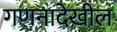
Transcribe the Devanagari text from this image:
गणनादेखील